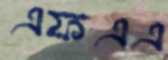
এফএএ